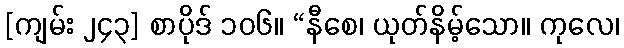
[ကျမ်း ၂၄၃] စာပိုဒ် ၁၀၆။ “နီစေ၊ ယုတ်နိမ့်သော။ ကုလေ၊